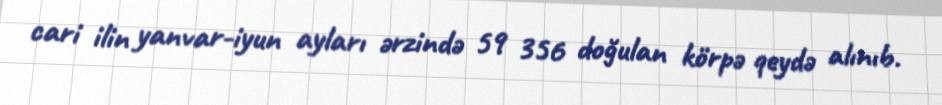
cari ilin yanvar-iyun ayları ərzində 59 356 doğulan körpə qeydə alınıb.